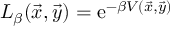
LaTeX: L _ { \beta } ( \vec { x } , \vec { y } ) = \mathrm { e } ^ { - \beta V ( \vec { x } , \vec { y } ) }